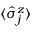
\langle \hat { \sigma } _ { j } ^ { z } \rangle